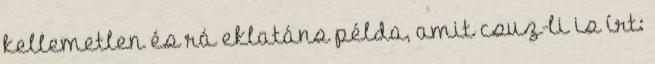
kellemetlen és rá eklatáns példa, amit csuz-li is írt: